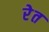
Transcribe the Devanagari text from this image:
रेेत